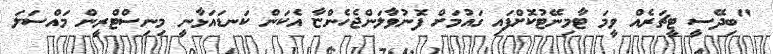
"ބިދޭސީ ޓީޗަރެއް ވީމަ ޓާމިނޭޓުކޮށްފައި ގައުމަށް ފޮނުވާލަންޖެހެންޏާ އެކަން ކަނޑައަޅާނީ މިނިސްޓްރީން މައްސަލަ